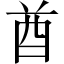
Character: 酋